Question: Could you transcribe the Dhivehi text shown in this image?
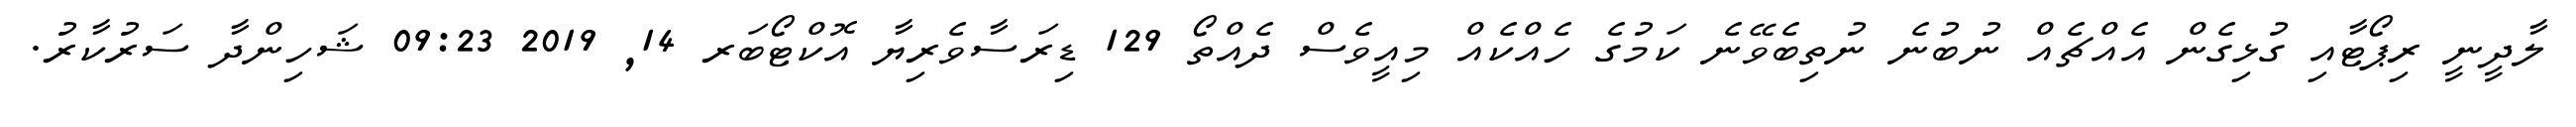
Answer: ލާދީނީ ރިޕޯޓާއި ގުޅިގެން އެއްޗެއް ނުބުނެ ނުތިބެވޭނެ ކަމުގެ ހެއްކެއް މިއީވެސް ދެއްތޯ 129 ޑިރަސާވެރިޔާ އޮކްޓޯބަރ 14, 2019 09:23 ޝަހިންދާ ސަރުކާރު.